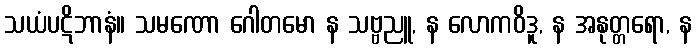
သယံပဋိဘာနံ။ သမဏော ဂေါတမော န သဗ္ဗညူ, န လောကဝိဒူ, န အနုတ္တရော, န